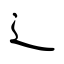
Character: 辶